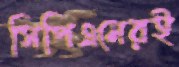
সিপিএমেরই